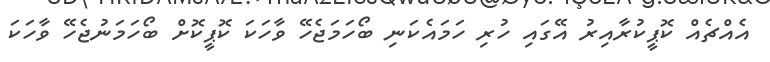
އެއްޗެއް ކޮޕީކުރާއިރު އޭގައި ހުރި ހަމައެކަނި ބޯހަމަޖެހޭ ވާހަކަ ކޮޕީކޮށް ބޯހަމަނުޖެހޭ ވާހަކަ